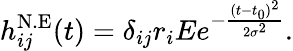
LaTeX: h_{ij}^{\mathrm{N.E}}(t)=\delta_{ij}r_{i}Ee^{-\frac{(t-t_{0})^{2}}{2\sigma^{2}}}.